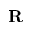
\mathbf { R }